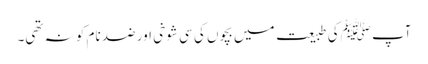
آپ ﷺکی طبیعت میں بچوں کی سی شوخی اور ضد نام کو نہ تھی۔